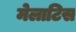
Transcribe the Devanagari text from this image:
मेलाटिस